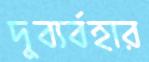
দুব্যর্বহার